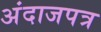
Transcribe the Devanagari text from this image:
अंदाजपत्र